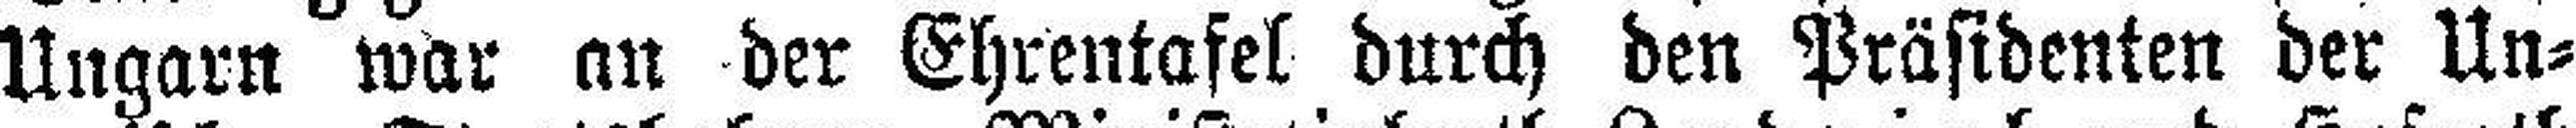
Ungarn war an der Ehrentafel durch den Präsidenten der Un¬